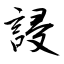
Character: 誛